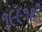
૧૯૯૧થી